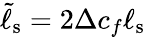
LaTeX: \tilde{\ell}_{\mathrm{s}}=2\Delta c_{f}\ell_{\mathrm{s}}